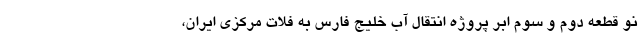
نو قطعه دوّم و سوّم ابر پروژه انتقال آب خلیج فارس به فلات مرکزی ایران،